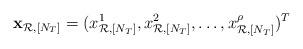
LaTeX: \begin{align*}\mathbf{x}_{{\mathcal{R}},{[N_T]}}=(x_{{\mathcal{R}},{[N_T]}}^1,x_{{\mathcal{R}},{[N_T]}}^2,\ldots,x_{{\mathcal{R}},{[N_T]}}^\rho)^T\end{align*}